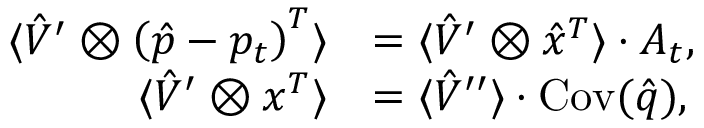
\begin{array} { r l } { \langle \hat { V } ^ { \prime } \otimes \left( \hat { p } - p _ { t } \right) ^ { T } \rangle } & { = \langle \hat { V } ^ { \prime } \otimes \hat { x } ^ { T } \rangle \cdot A _ { t } , } \\ { \langle \hat { V } ^ { \prime } \otimes x ^ { T } \rangle } & { = \langle \hat { V } ^ { \prime \prime } \rangle \cdot \operatorname { C o v } ( \hat { q } ) , } \end{array}